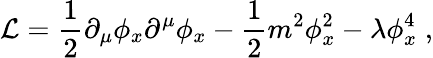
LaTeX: {\cal L}={\frac{1}{2}}\partial_{\mu}\phi_{x}\partial^{\mu}\phi_{x}-{\frac{1}{2}}m^{2}\phi_{x}^{2}-\lambda\phi_{x}^{4}\; ,